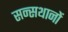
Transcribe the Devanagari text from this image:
सन्सथानों